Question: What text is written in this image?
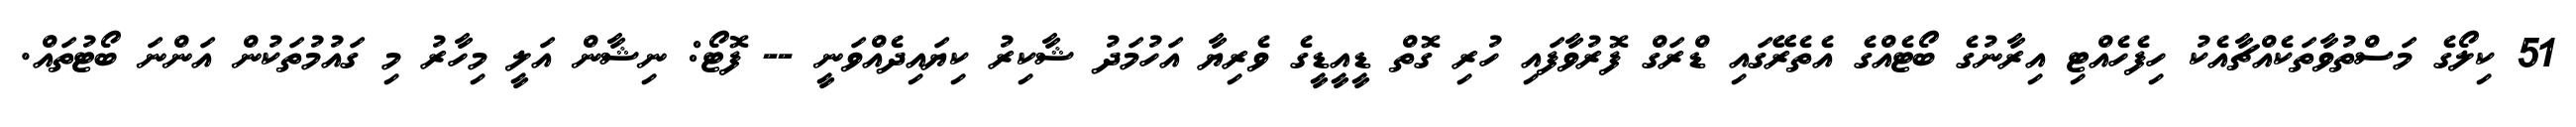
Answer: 51 ކިލޯގެ މަސްތުވާތަކެއްޗާއެކު ހިފެހެއްޓި އިރާނުގެ ބޯޓެއްގެ އެތެރޭގައި ޑްރަގް ފޮރުވާފައި ހުރި ގޮތް ޑީއީޑީގެ ވެރިޔާ އަހުމަދު ޝާކިރު ކިޔައިދެއްވަނީ -- ފޮޓޯ: ނިޝާން އަލީ މިހާރު މި ގައުމުތަކުން އަންނަ ބޯޓުތައް.